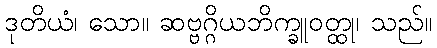
ဒုတိယံ၊ သော။ ဆဗ္ဗဂ္ဂိယဘိက္ခူဝတ္ထု၊ သည်။